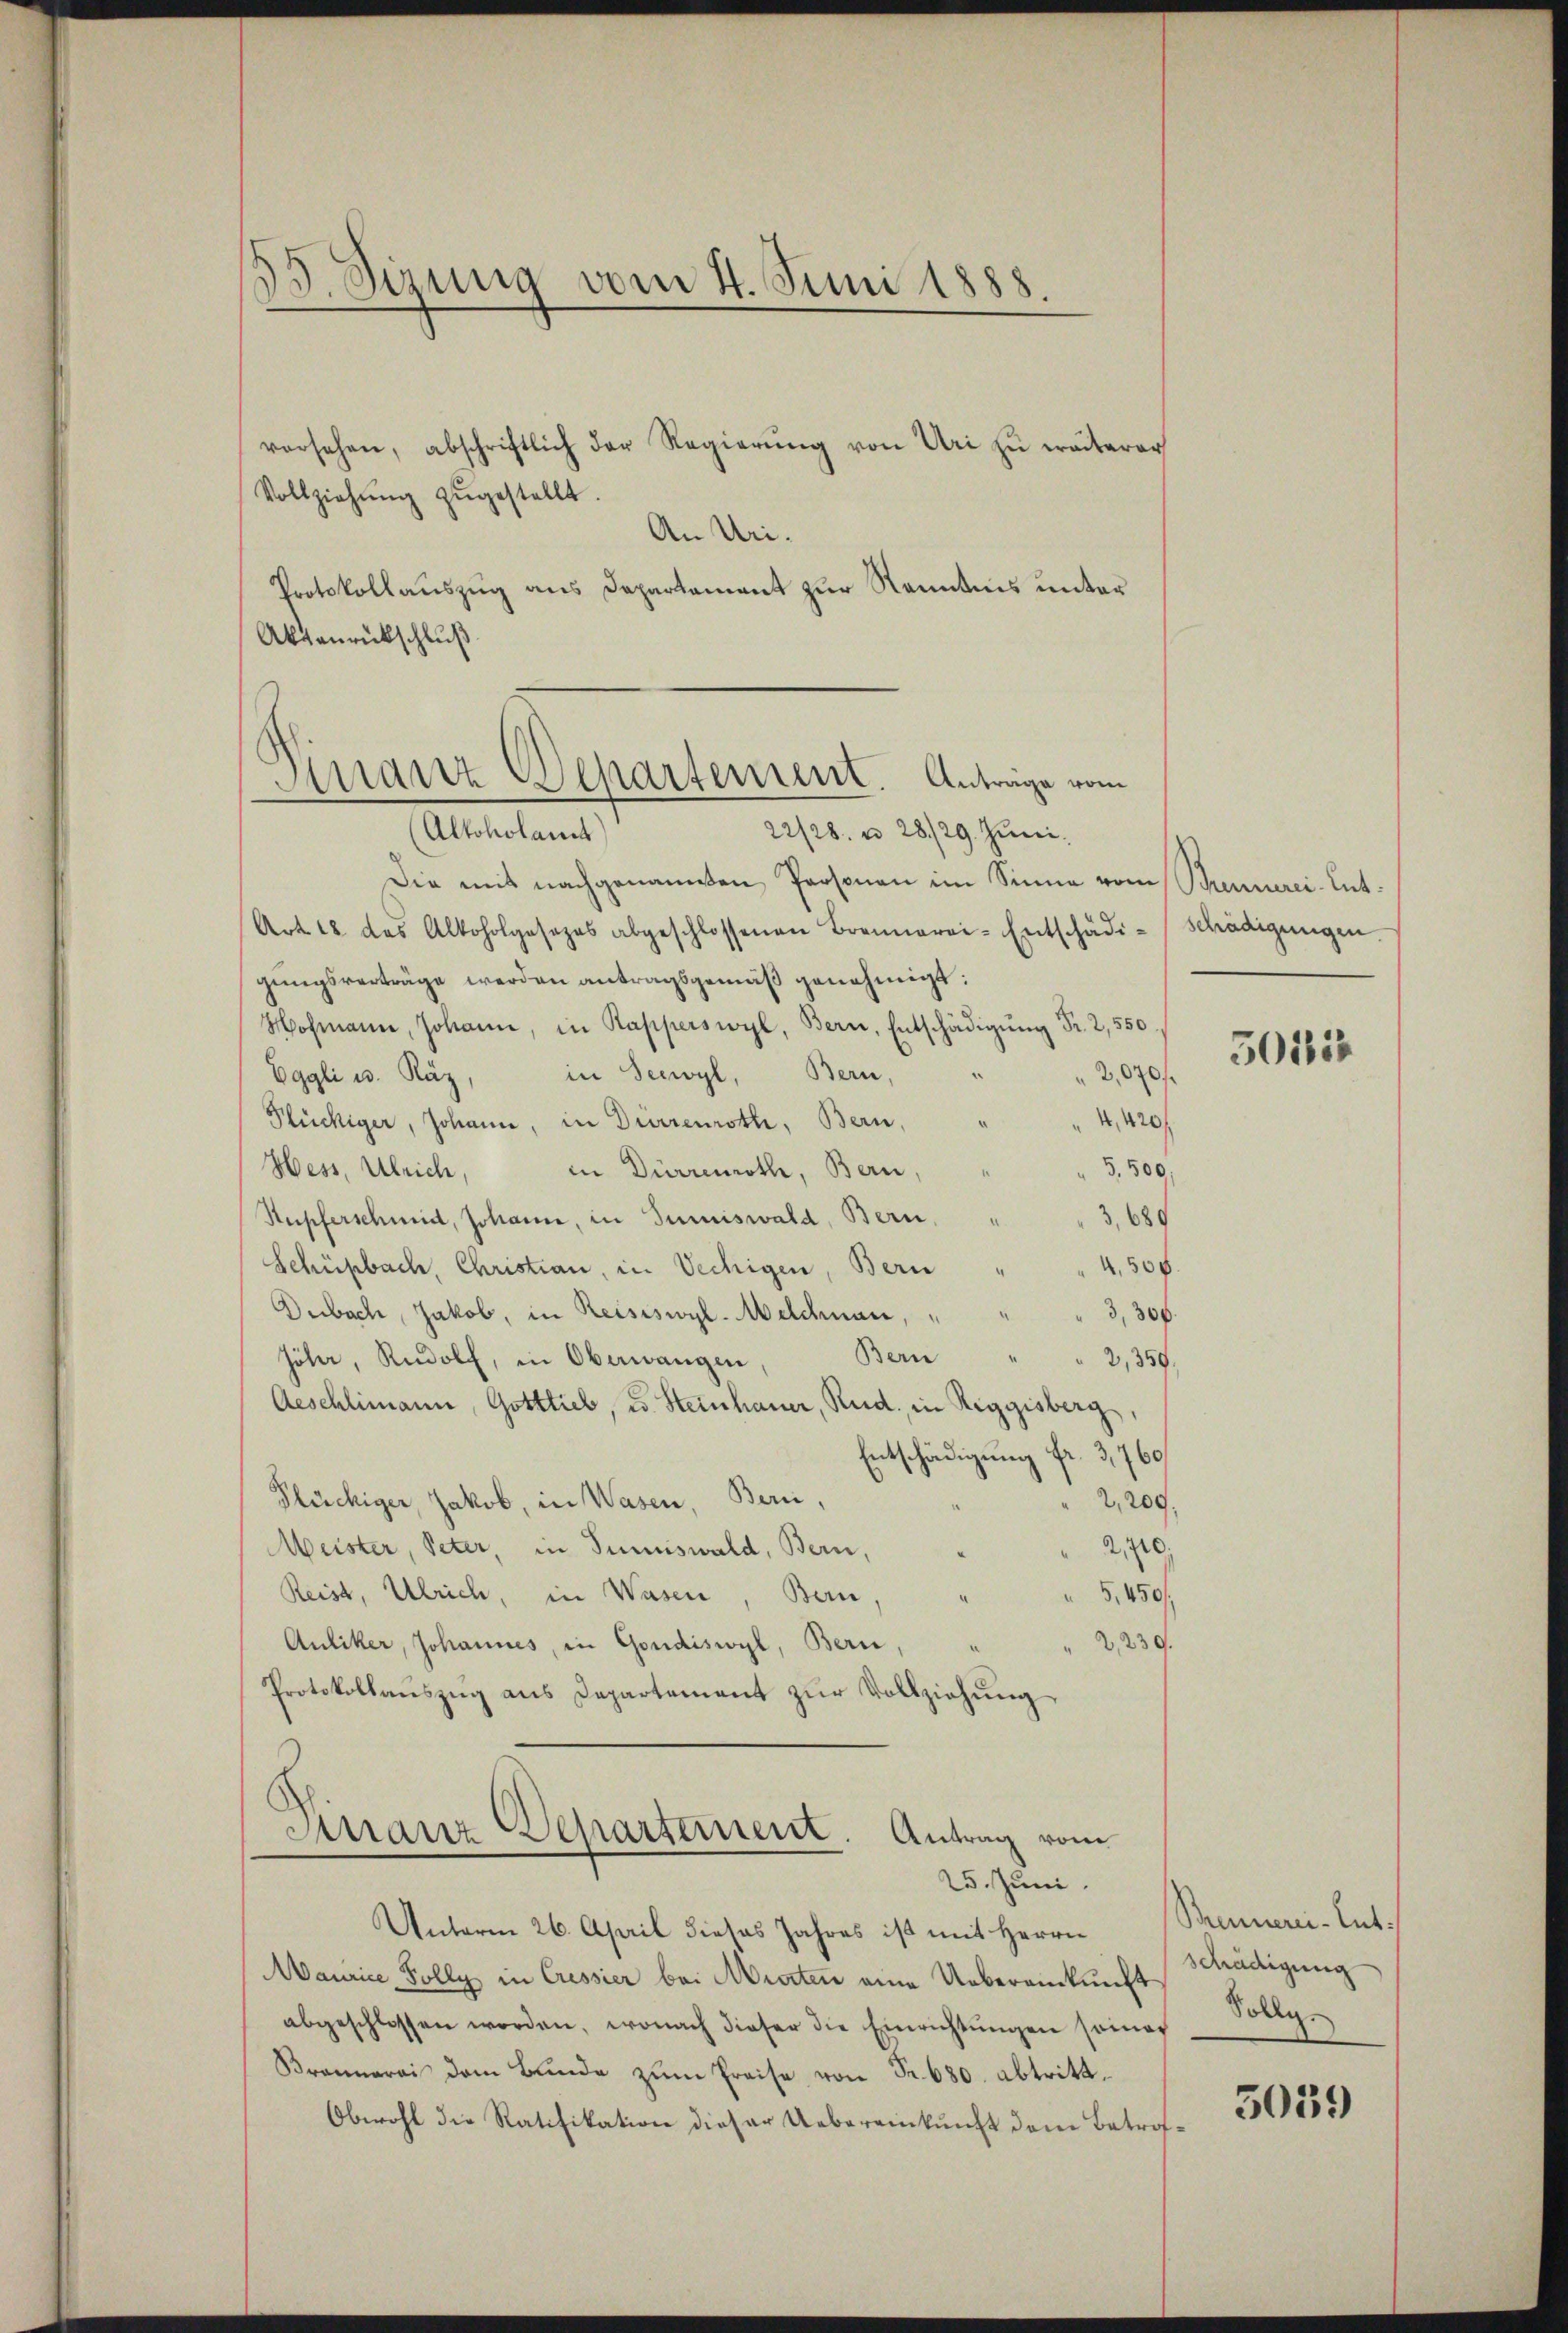
13. Sizung vom 4. Juni 1888.

vorsehen, abschriftlich der Regierŭng von Uri zŭ weiterer
Vollziehŭng zŭgestellt.
An Uri.
Protokollauszug aus Departement zur Kenntnis unter
Aktanrückschluß

Finanz Departement. Anträge vom
22/28. u 28/29. Juni.

Alkoholamt
Die mit nachgenannten Prosonen im Sinne vom Schreinerei- Ent¬
Art 28 das Alkoholgosezes abgeschlossenen Brennerei-Entschädi-Schädigŭngen.
gungsverträge werden antragsgemäß genehmigt:
Hofmann, Johann, in Rapperswyl, Bern, Entschädigŭng Fr. 2,550
in Seewyl, Bern,
Eggli u. Räz
2,070f
4,420/
Plückiger, Johann, in Dürrenroth, Bern,
Hess, Ulrich
5,500,
in Dürremoth, Bern,
3,689
Stupferschmid, Johann, in Juniswald, Bern,
Schüpbach, Christian, in Vechigen, Bern " " 4,508.
Dubach, Jakob, in Reisiswyl-Meldmann, " "
3,300.
Jöhr, Rudolf, in Oberwangen, Bern
2,359,
Aeschlimann, Gottlieb, u. Steinhauer, Rud, in Reggisberg,
Entschädigung fr. 3, 760
Plüchiger, Jakob, in Wasen, Bern,
2,200.
2,440.
Meister, Peter, in Summiswald, Bern,
Reist, Ulrich, in Wasen, Bern,
5,450/
4
2,239.
Auliker, Johannes, in Gondiswyl, Bern,
Protokollaŭszŭg ans Departement zŭr Vollziehŭng
Franz Departement. Antrag vom
25. Juni.
Unterm 26. April dieses Jahres ist mit Herrn Bemerci-Ent.
Maurice Polly in Cressier bei Ararten eine Uebereinkunft
abgeschlossen worden, wonach dieser die Einrichtŭngen seiner Sollg.
Bronnerei dem Bunde zŭm Preise von Fr. 680. abtritt.
Obwohl die Ratifikation dieser Uebereinkunft dem Betra¬

50152

Schädigung

3039